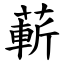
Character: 蔪